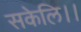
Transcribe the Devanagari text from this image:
सकेलि।।